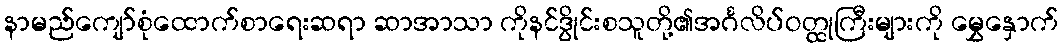
နာမည်ကျော်စုံထောက်စာရေးဆရာ ဆာအာသာ ကိုနင်ဒွိုင်းစသူတို့၏အင်္ဂလိပ်ဝတ္ထုကြီးများကို မွှေနှောက်